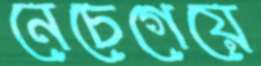
নেচেগেয়ে